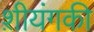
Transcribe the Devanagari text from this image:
श़ीयंगकी